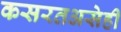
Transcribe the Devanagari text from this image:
कसरतअसेही